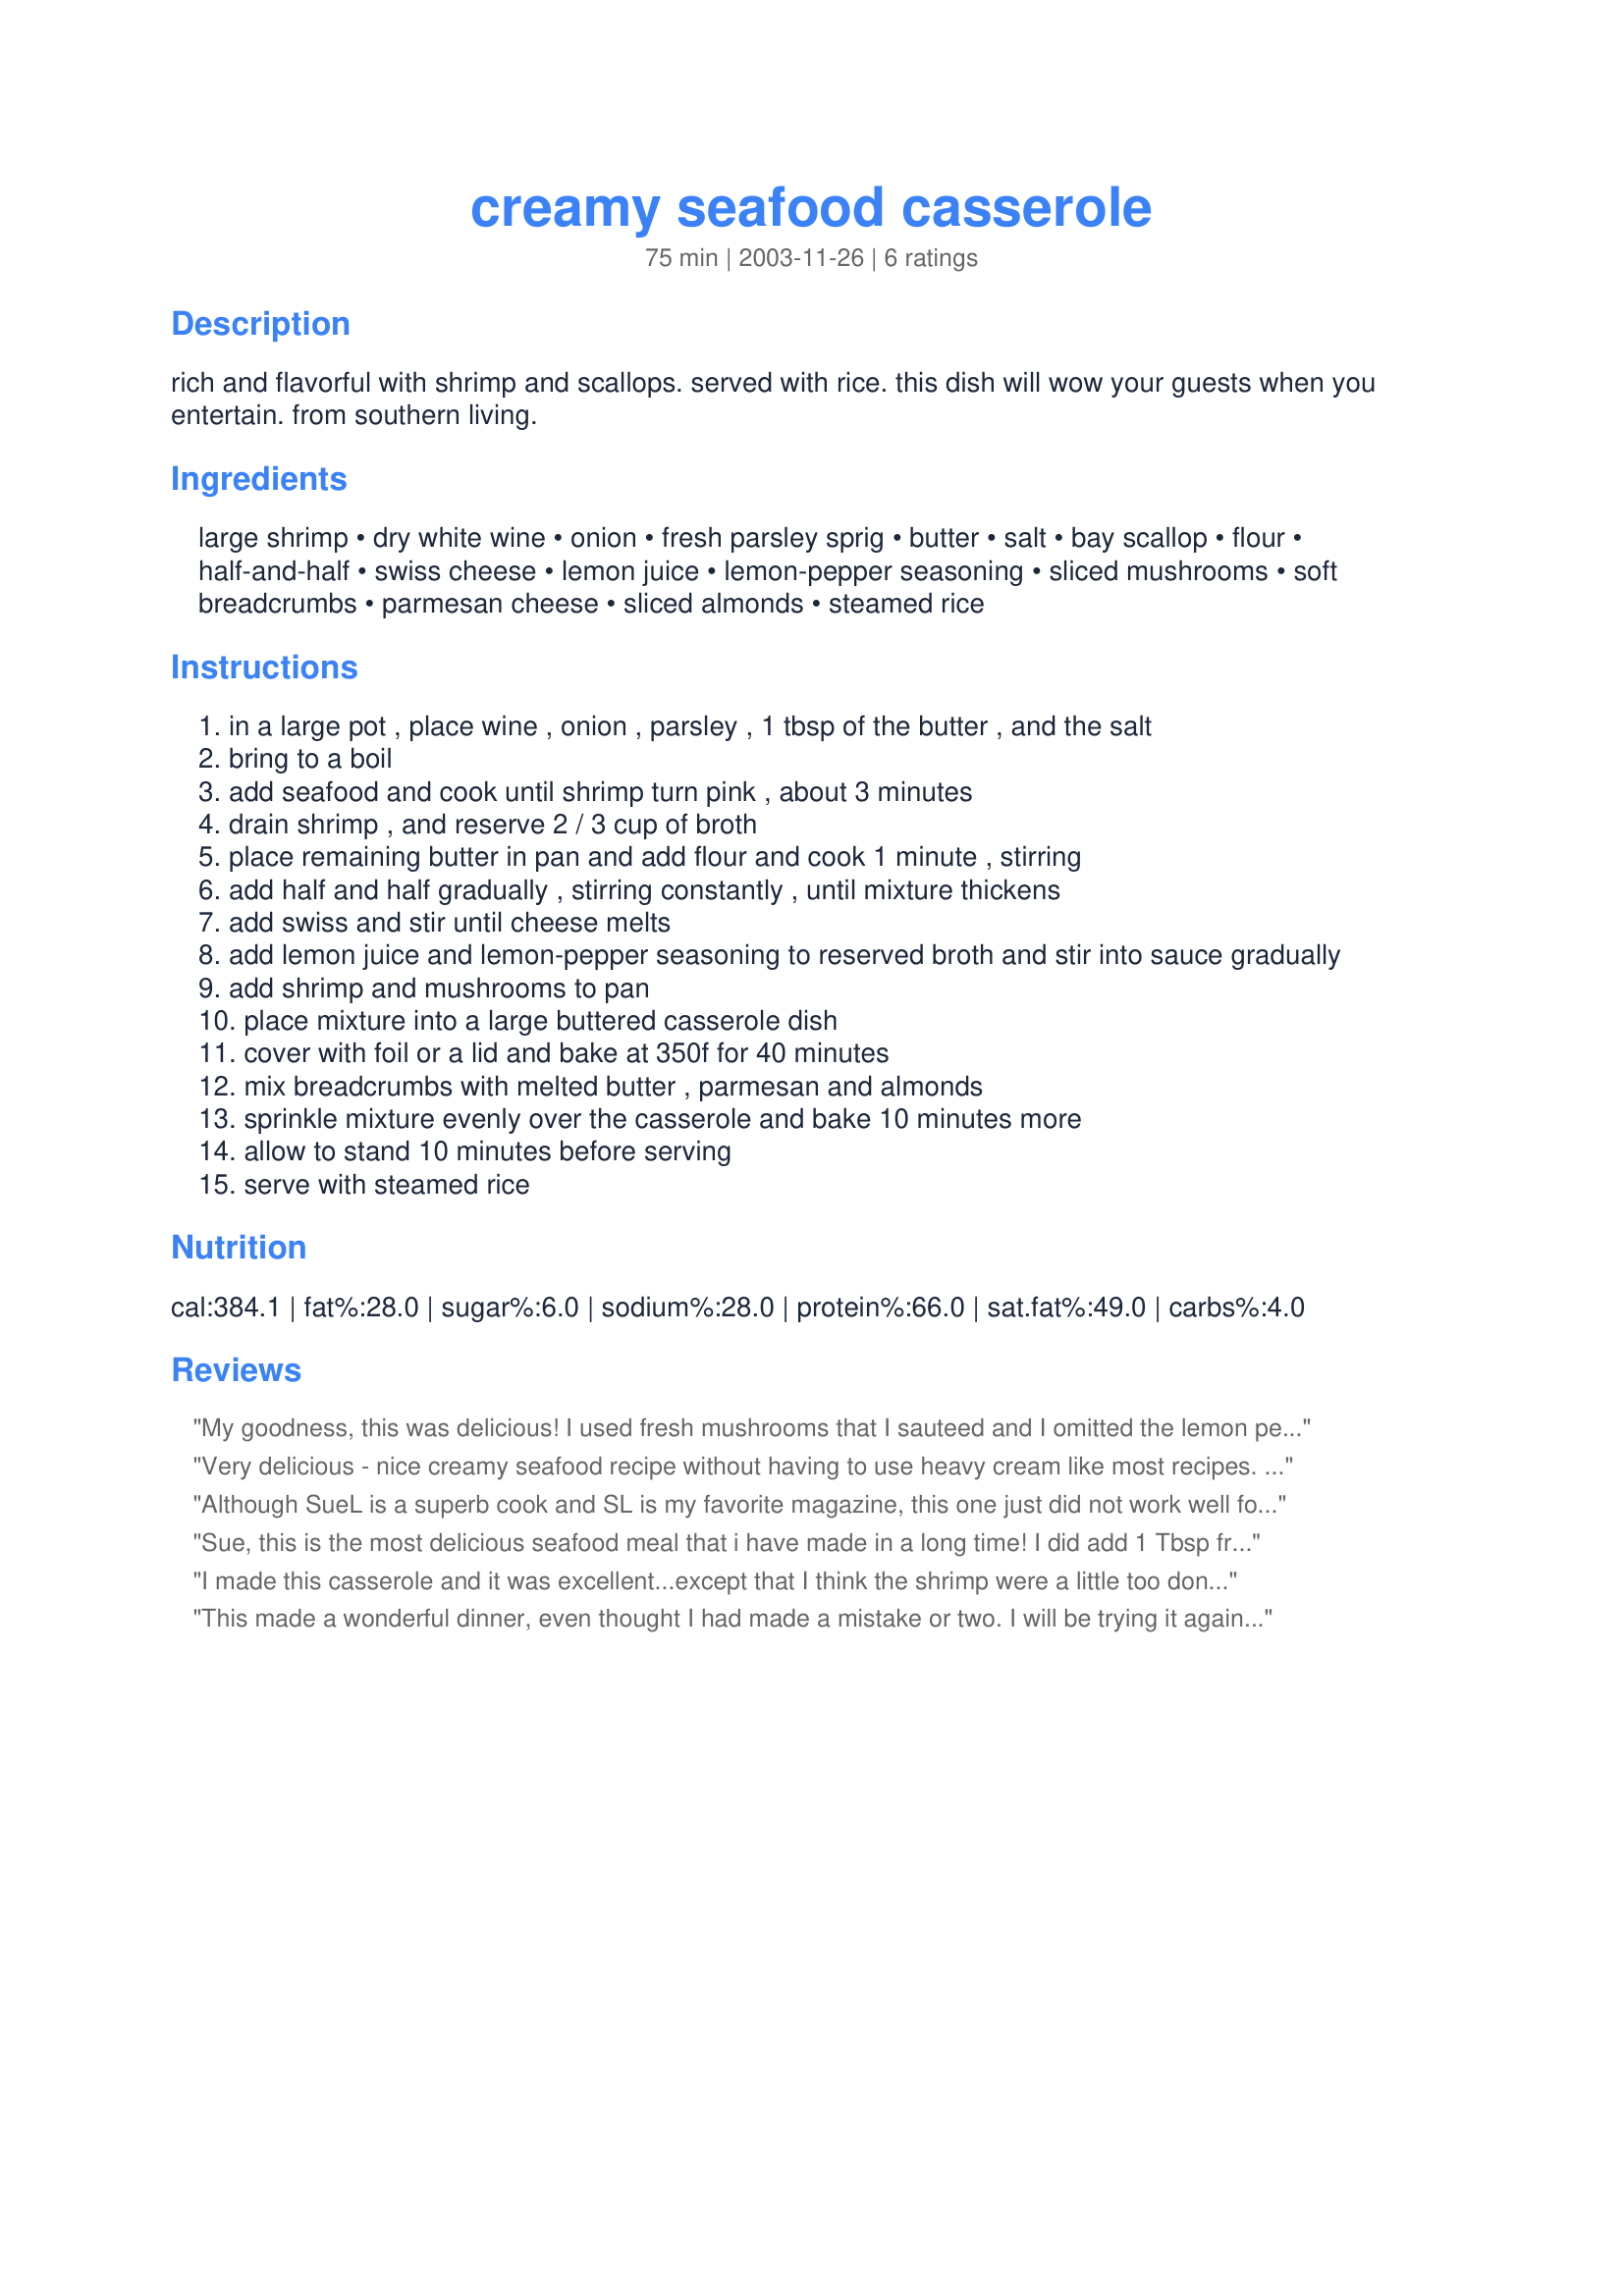
creamy seafood casserole
Preparation time: 75 minutes

rich and flavorful with shrimp and scallops. served with rice. this dish will wow your guests when you entertain. from southern living.

Ingredients:
large shrimp, dry white wine, onion, fresh parsley sprig, butter, salt, bay scallop, flour, half-and-half, swiss cheese, lemon juice, lemon-pepper seasoning, sliced mushrooms, soft breadcrumbs, parmesan cheese, sliced almonds, steamed rice

Steps:
in a large pot , place wine , onion , parsley , 1 tbsp of the butter , and the salt
bring to a boil
add seafood and cook until shrimp turn pink , about 3 minutes
drain shrimp , and reserve 2 / 3 cup of broth
place remaining butter in pan and add flour and cook 1 minute , stirring
add half and half gradually , stirring constantly , until mixture thickens
add swiss and stir until cheese melts
add lemon juice and lemon-pepper seasoning to reserved broth and stir into sauce gradually
add shrimp and mushrooms to pan
place mixture into a large buttered casserole dish
cover with foil or a lid and bake at 350f for 40 minutes
mix breadcrumbs with melted butter , parmesan and almonds
sprinkle mixture evenly over the casserole and bake 10 minutes more
allow to stand 10 minutes before serving
serve with steamed rice

Reviews:
My goodness, this was delicious! I used fresh mushrooms that I sauteed and I omitted the lemon pepper (whenever I've looked for it, it contains MSG, and I can't eat anything with MSG). Other than that, I made it as stated and it was wonderful. Just the right amount of cheesy flavour without overpowering the seafood. Thank you, Sue L, I will definitely make this again!
Very delicious - nice creamy seafood recipe without having to use heavy cream like most recipes. Filling but not too rich. I used fresh mushrooms saut&eacute;ed with onion and a few cloves of crushed garlic. Also added fresh haddock (uncooked) to the mix - it added some texture and flavor to the sauce. I didn&#039;t have almonds but am looking forward to adding it to the topping next time. Wonderful recipe - thanks!
Although SueL is a superb cook and SL is my favorite magazine, this one just did not work well for me. A lot of work and a lot of $$ for a very so-so dish.
Sue, this is the most delicious seafood meal that i have made in a long time! I did add 1 Tbsp fresh chopped garlic when I sauteed the seafood, and used fresh mushrooms instead of canned, and fresh Italian flat leaf parsley from my garden, I did not have any almonds, so I omitted them. I had a bag of frozen shrimp/scallop mix in my freezer, and I was searching for the perfect recipe to use them up, I am so glad that I came across this one, it is absolutely fantastic...just the perfect blend of flavors. I can't wait to make this again, just delicious! Sue, thanks so much for posting ...Kittencal:)
I made this casserole and it was excellent...except that I think the shrimp were a little too done, next time I will cook a little less...I found it tasted like Coquille St. Jacques..my dh asked that I keep it in my "exceptional meals" folder to make again...thanks it was delicious!
This made a wonderful dinner, even thought I had made a mistake or two.
I will be trying it again, and will leave a new review.
Thank you for the great recipe.
